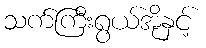
သက်ကြီးရွယ်အိုနှင့်